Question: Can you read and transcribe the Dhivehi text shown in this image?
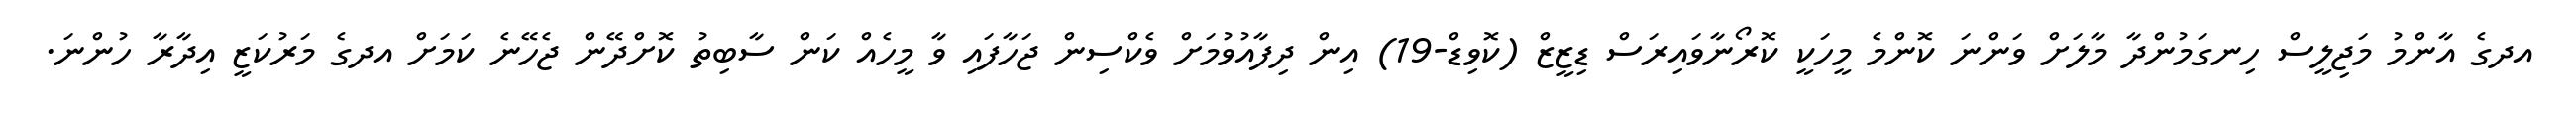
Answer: އދގެ އާންމު މަޖިލީސް ހިނގަމުންދާ މާލަށް ވަންނަ ކޮންމެ މީހަކީ ކޮރޯނާވައިރަސް ޑިޒީޒް (ކޮވިޑް-19) އިން ދިފާއުވުމަށް ވެކްސިން ޖަހާފައި ވާ މީހެއް ކަން ސާބިތު ކޮށްދޭން ޖެހޭނެ ކަމަށް އދގެ މަރުކަޒީ އިދާރާ ހުންނަ.